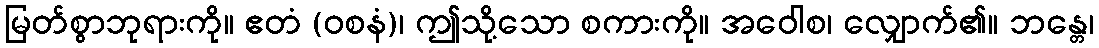
မြတ်စွာဘုရားကို။ ဧတံ (ဝစနံ)၊ ဤသို့သော စကားကို။ အဝေါစ၊ လျှောက်၏။ ဘန္တေ၊